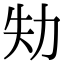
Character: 劮